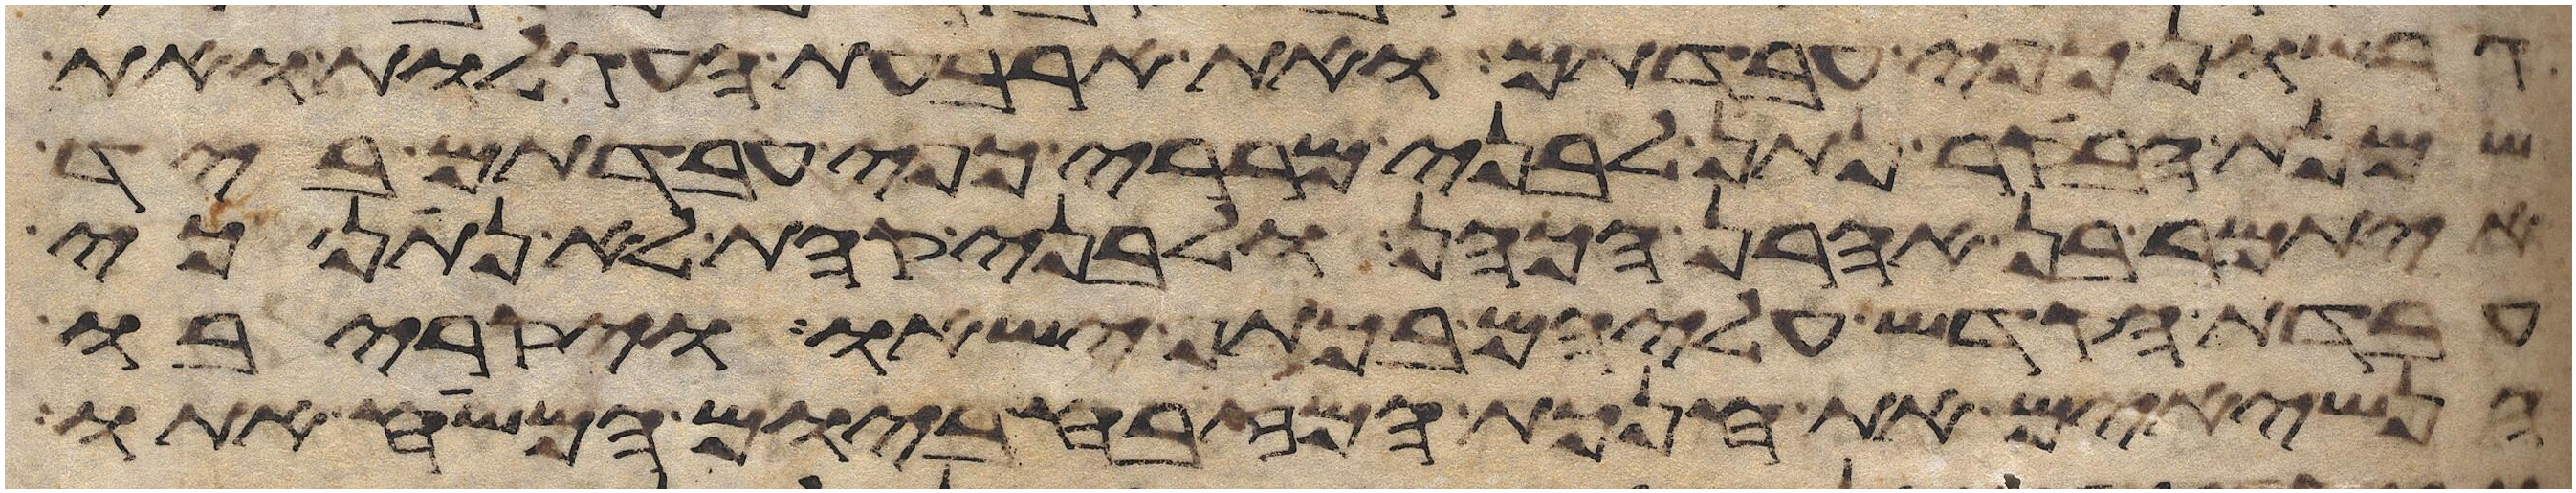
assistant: גרשון כפי עבדתם ואת ארבעת העגלות ואת
שמנת הבקר נתן לבני מררי כפי עבדתם ביד
איתמר בן אהרן הכהן ולבני קהת לא נתן כי
עבדת הקדש עליהם בכתף ישאו ויקריבו
הנשיאים את חנכת המזבח ביום המשיח אתו